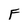
Character: F